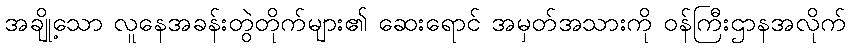
အချို့သော လူနေအခန်းတွဲတိုက်များ၏ ဆေးရောင် အမှတ်အသားကို ဝန်ကြီးဌာနအလိုက်